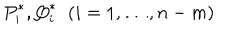
LaTeX: { P } _ { i } ^ { \ast } , { Q } _ { i } ^ { \ast } \; \; ( i = 1 , \dots , n - m )